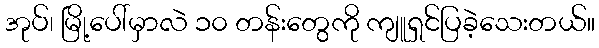
အုပ်၊ မြို့ပေါ်မှာလဲ ၁၀ တန်းတွေကို ကျူရှင်ပြခဲ့သေးတယ်။